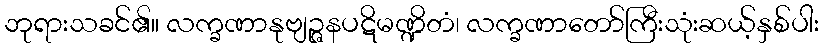
ဘုရားသခင်၏။ လက္ခဏာနုဗျဉ္ဇနပဋိမဏ္ဍိတံ၊ လက္ခဏာတော်ကြီးသုံးဆယ့်နှစ်ပါး